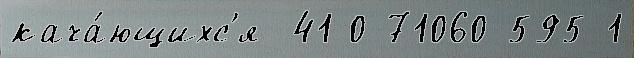
кача́ющихс'я  41 0-71060-595-1